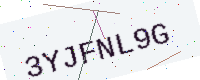
Text: 3YJFNL9G